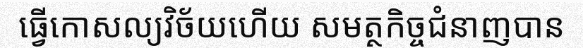
ធ្វើកោសល្យវិច័យហើយ សមត្ថកិច្ចជំនាញបាន